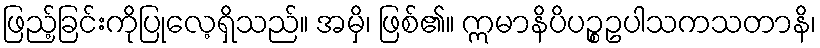
ဖြည့်ခြင်းကိုပြုလေ့ရှိသည်။ အမှိ၊ ဖြစ်၏။ ဣမာနိပိပဉ္စဥပါသကသတာနိ၊